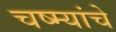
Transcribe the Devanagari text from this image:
चष्म्यांचे